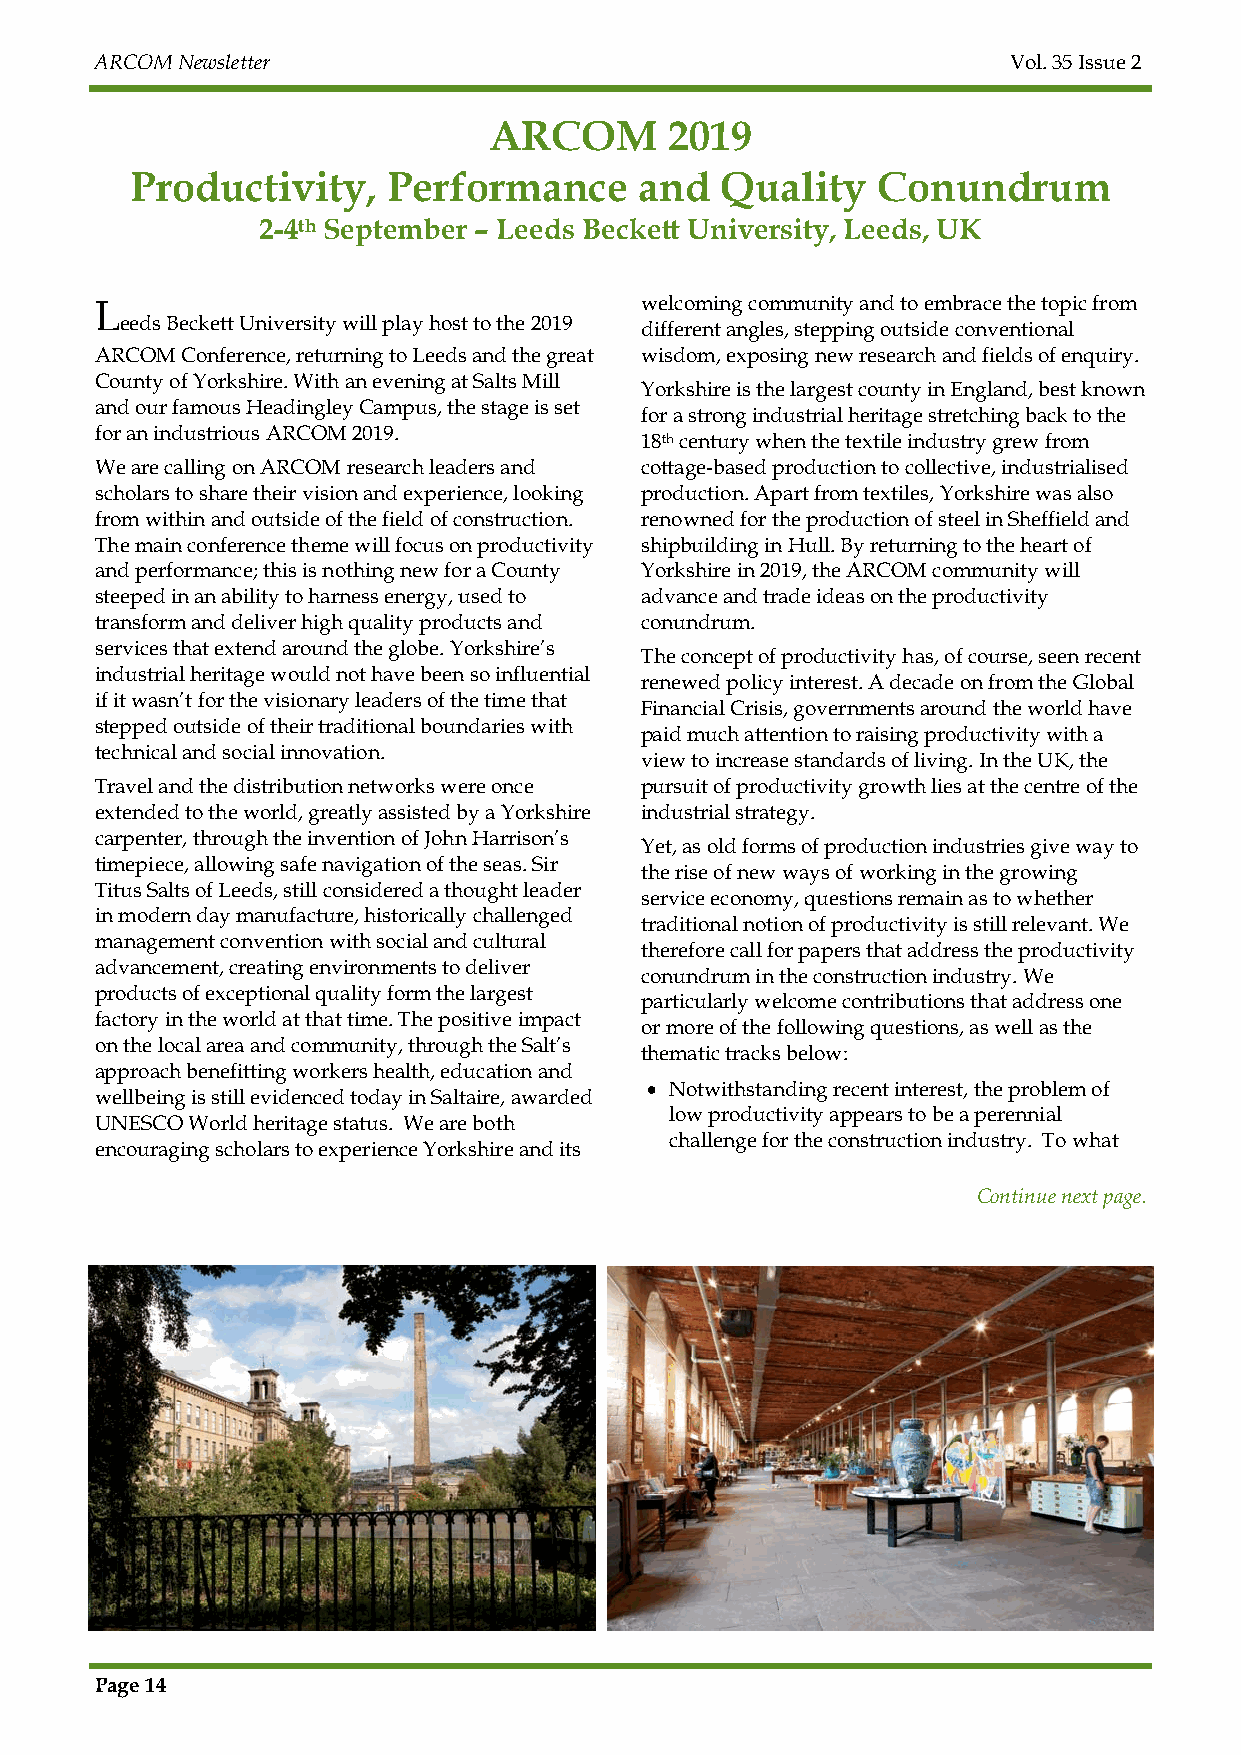
ARCOM Newsletter                                             Vol. 35 Issue 2
 ARCOM       2019
 Productivity,    Performance     and   Quality   Conundrum
 2-4th September – Leeds Beckett University, Leeds, UK
 L                                   welcoming community and to embrace the topic from
 eeds Beckett University will play host to the 2019 different angles, stepping outside conventional
 ARCOM Conference, returning to Leeds and the great wisdom, exposing new research and fields of enquiry.
 County of Yorkshire. With an evening at Salts Mill
 Yorkshire is the largest county in England, best known
 and our famous Headingley Campus, the stage is set
 for a strong industrial heritage stretching back to the
 for an industrious ARCOM 2019.
 18th century when the textile industry grew from
 We are calling on ARCOM research leaders and cottage-based production to collective, industrialised
 scholars to share their vision and experience, looking production. Apart from textiles, Yorkshire was also
 from within and outside of the field of construction. renowned for the production of steel in Sheffield and
 The main conference theme will focus on productivity shipbuilding in Hull. By returning to the heart of
 and performance; this is nothing new for a County Yorkshire in 2019, the ARCOM community will
 steeped in an ability to harness energy, used to advance and trade ideas on the productivity
 transform and deliver high quality products and conundrum.
 services that extend around the globe. Yorkshire’s
 The concept of productivity has, of course, seen recent
 industrial heritage would not have been so influential
 renewed policy interest. A decade on from the Global
 if it wasn’t for the visionary leaders of the time that
 Financial Crisis, governments around the world have
 stepped outside of their traditional boundaries with
 paid much attention to raising productivity with a
 technical and social innovation.
 view to increase standards of living. In the UK, the
 Travel and the distribution networks were once pursuit of productivity growth lies at the centre of the
 extended to the world, greatly assisted by a Yorkshire industrial strategy.
 carpenter, through the invention of John Harrison’s
 Yet, as old forms of production industries give way to
 timepiece, allowing safe navigation of the seas. Sir
 the rise of new ways of working in the growing
 Titus Salts of Leeds, still considered a thought leader
 service economy, questions remain as to whether
 in modern day manufacture, historically challenged
 traditional notion of productivity is still relevant. We
 management convention with social and cultural
 therefore call for papers that address the productivity
 advancement, creating environments to deliver
 conundrum in the construction industry. We
 products of exceptional quality form the largest
 particularly welcome contributions that address one
 factory in the world at that time. The positive impact
 or more of the following questions, as well as the
 on the local area and community, through the Salt’s
 thematic tracks below:
 approach benefitting workers health, education and
  Notwithstanding recent interest, the problem of
 wellbeing is still evidenced today in Saltaire, awarded
 low productivity appears to be a perennial
 UNESCO World heritage status. We are both
 challenge for the construction industry. To what
 encouraging scholars to experience Yorkshire and its
 Continue next page.
 Page 14